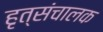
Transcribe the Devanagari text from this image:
हृत्संचालक